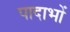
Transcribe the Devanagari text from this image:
पादाभों